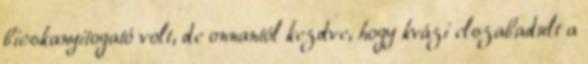
bicskanyitogató volt, de onnantól kezdve, hogy kvázi elszabadult a